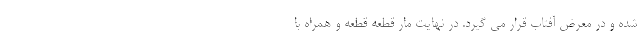
شده و در معرض آفتاب قرار می گیرد. در نهایت مار قطعه قطعه و همراه با